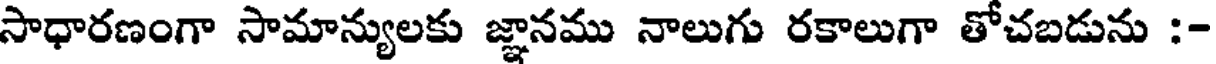
సాధారణంగా సామాన్యులకు జ్ఞానము నాలుగు రకాలుగా తోచబడును :-